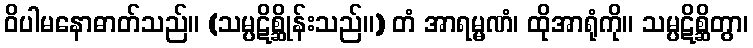
ဝိပါမနောဓာတ်သည်။ (သမ္ပဋိစ္ဆိုန်းသည်။) တံ အာရမ္မဏံ၊ ထိုအာရုံကို။ သမ္ပဋိစ္ဆိတွာ၊